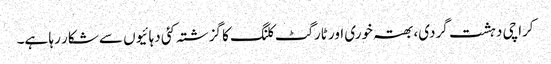
کراچی دہشت گردی، بھتہ خوری اور ٹارگٹ کلنگ کا گزشتہ کئی دہائیوں سے شکار رہا ہے۔